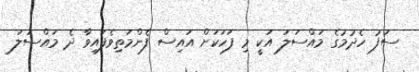
ސަފު ހެދުމުގެ މައްސަލަ އަކީ މި ފަހަކަށް އައިސް ފެންމަތިވެފައިވާ ދެ މައްސަލަ